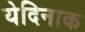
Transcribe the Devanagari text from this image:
येदिनाक